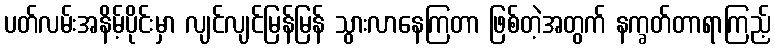
ပတ်လမ်းအနိမ့်ပိုင်းမှာ လျင်လျင်မြန်မြန် သွားလာနေကြတာ ဖြစ်တဲ့အတွက် နက္ခတ်တာရာကြည့်